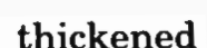
thickened